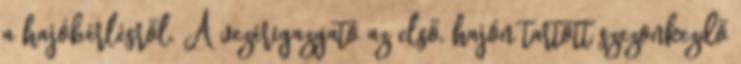
a hajóbérlésről. A vezérigazgató az első, hajón tartott szezonkezdő